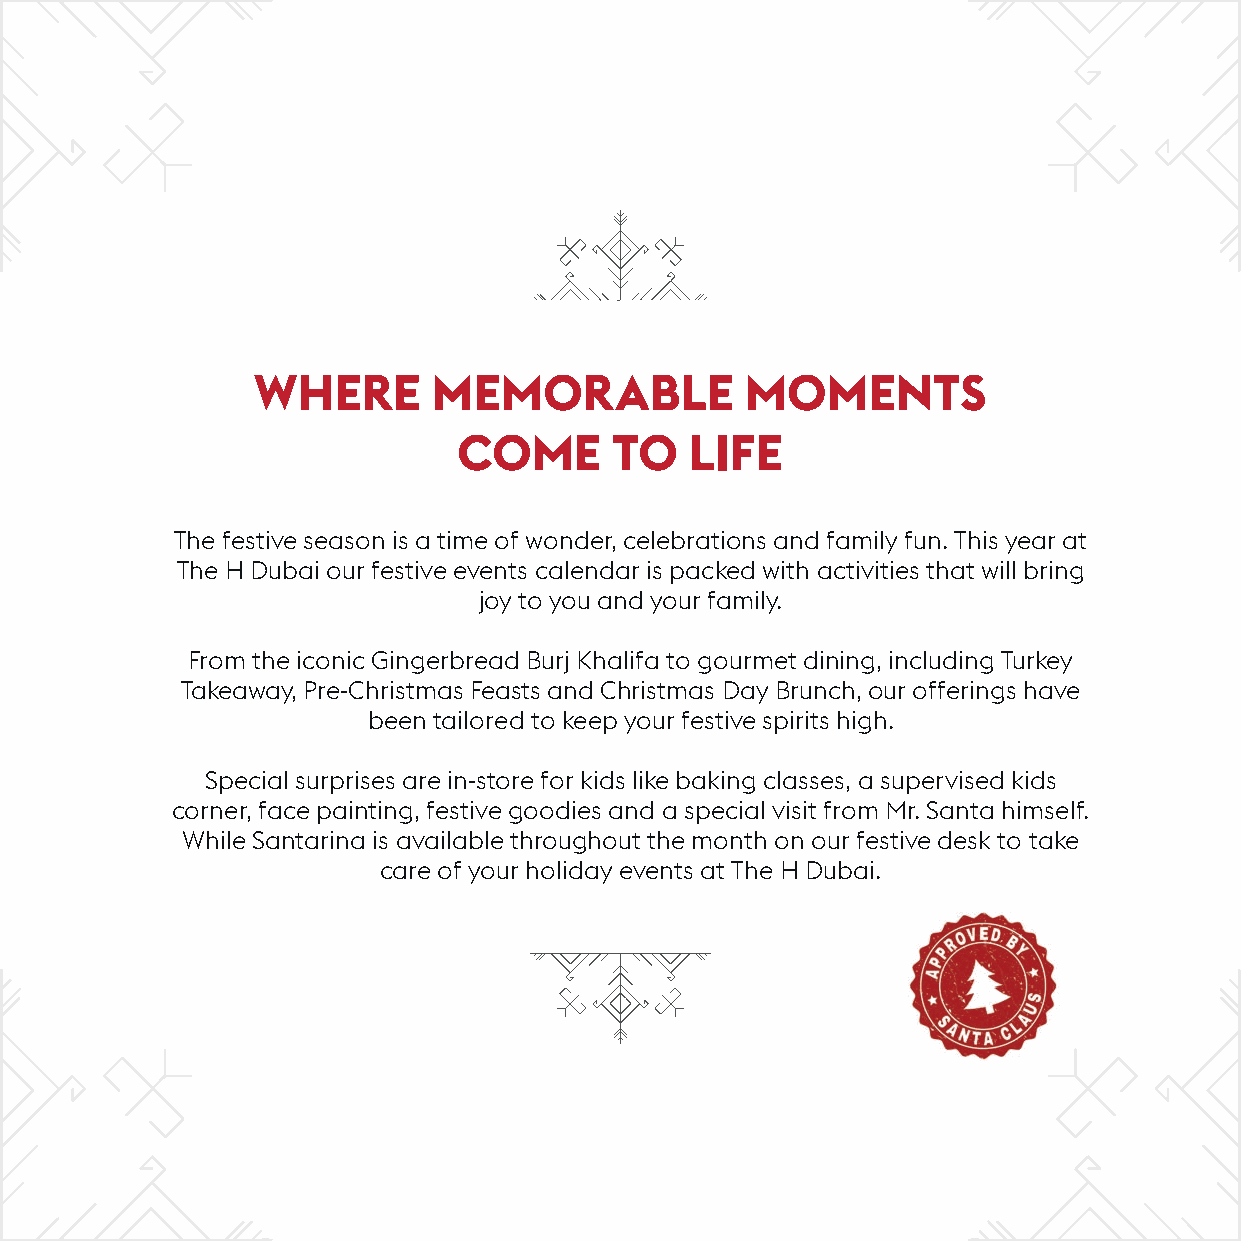
WHERE       MEMORABLE           MOMENTS
 COME       TO   LIFE
 The festive season is a time of wonder, celebrations and family fun. This year at
 The H Dubai our festive events calendar is packed with activities that will bring
 joy to you and your family.
 From the iconic Gingerbread Burj Khalifa to gourmet dining, including Turkey
 Takeaway, Pre-Christmas Feasts and Christmas Day Brunch, our offerings have
 been tailored to keep your festive spirits high.
 Special surprises are in-store for kids like baking classes, a supervised kids
 corner, face painting, festive goodies and a special visit from Mr. Santa himself.
 While Santarina is available throughout the month on our festive desk to take
 care of your holiday events at The H Dubai.